Lunatic asylums in Bengal annual reports 1888-1898 - 1888-1898
Year: 1888
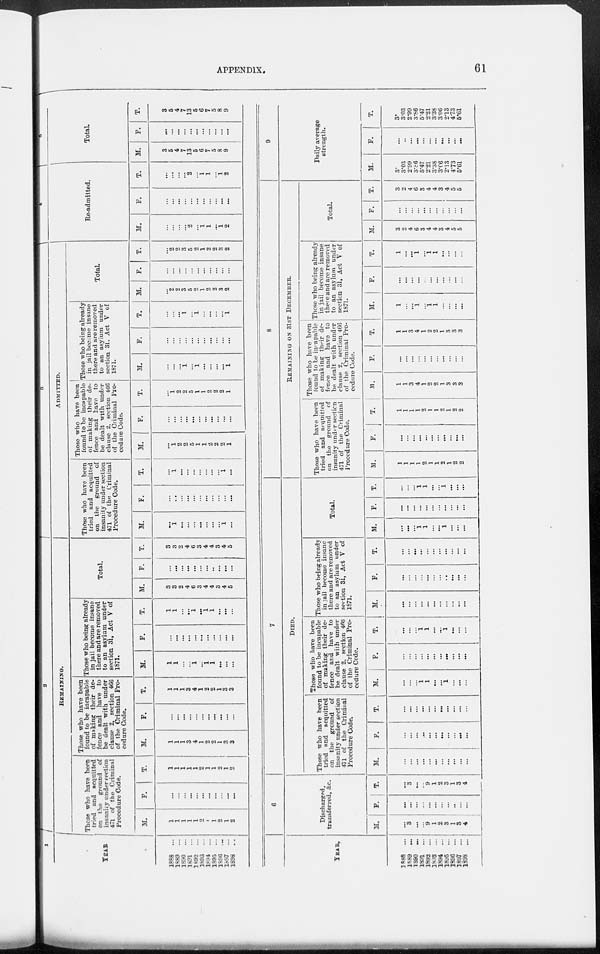
APPENDIX.
61
1
YEAR
1888
...
1889
...
1890
...
1891
...
1892 ...
1893
...
1894 ...
1895
...
1896
...
1897
...
1898
. .
2
REMAINING.
Those who have been
tried and acquitted
on the ground of
insanity undersection
471 of the Criminal
Procedure Code.
M.
1
1
1
1
1
2
1
1
2
1
2
F.
...
...
...
...
...
...
...
...
...
...
...
T.
1
1
1
1
1
2
1
1
2
1
2
Those who have been
found to be incapable
of making their de-
fence and have to
be dealt with under
clause 2, section 466
of the Criminal Pro-
cedure Code.
M.
1
1
1
3
4
1
2
2
1
3
3
F.
...
...
...
...
...
...
...
...
...
...
...
T.
1
1
1
3
4
1
2
2
1
3
3
Those who being already
in jail become insane
there and are removed
to an asylum under
section 31, Act V of
1871.
M.
1
1
...
...
1
...
1
1
...
...
...
F.
...
...
...
...
...
...
...
...
...
...
...
T.
1
1
...
...
1
...
1
1
...
...
...
Total.
M.
3
3
2
4
6
3
4
4
3
4
5
F.
...
...
...
...
...
...
...
...
...
...
...
T.
3
3
2
4
6
3
4
4
3
4
5
3
ADMITTED.
Those who have been
tried and acquitted
on the ground of
insanity under section
471 of the Criminal
Procedure Code.
M.
...
1
...
...
...
...
...
...
...
1
...
F.
...
...
...
...
...
...
...
...
...
...
...
T.
...
1
...
...
...
...
...
...
...
1
...
Those who have been
found to be incapable
of making their de-
fence and have to
be dealt with under
clause 2, section 466
of the Criminal Pro-
cedure Code.
M.
...
1
2
2
5
1
1
2
2
2
1
F.
...
...
...
...
...
...
...
...
...
...
...
T.
...
1
2
2
5
1
1
2
2
2
1
Those who being already
in jail became insane
there and are removed
to an asylum under
section 31. Act V of
1871.
M.
...
...
...
1
...
1
...
...
...
...
1
F.
...
...
...
...
...
...
...
...
...
...
...
T.
...
...
...
1
...
1
...
...
...
...
1
Total.
M.
...
2
2
3
5
2
1
2
2
3
2
F.
...
...
...
...
...
...
...
...
...
...
...
T.
...
2
2
3
5
2
1
2
2
3
2
4
Re-admitted.
M.
...
...
...
...
2
...
1
1
...
1
2
F.
...
...
...
...
...
...
...
...
...
...
...
T.
...
...
...
...
2
...
1
1
...
1
2
5
Total.
M.
3
5
4
7
13
5
6
7
5
8
9
F.
...
...
...
...
...
...
...
...
...
...
...
T.
3
5
4
7
13
5
6
7
5
8
9
YEAR.
1888
...
1889
...
1890
...
1891
...
1892
...
1893
...
1894
...
1895 ...
1896
...
1897
...
1898
...
6
Discharged,
transferred, &c.
M.
...
3
...
...
9
1
2
3
1
3
4
F.
...
...
...
...
...
...
...
...
...
...
...
T.
...
3
...
...
9
1
2
3
1
3
4
7
DIED.
Those who have been
tried and
acquitted
on the
ground
of
insanity under section
471 of the Criminal
Procedure Code.
M.
...
...
...
...
...
...
...
...
...
...
...
F.
...
...
...
...
...
...
...
...
...
...
...
T.
...
...
...
...
...
...
...
...
...
...
...
Those who have been
found to be incapable
of making their de-
fence and have to
be dealt with under
clause 2, section 466
of the Criminal Pro-
cedure Code.
M.
...
...
...
1
1
...
...
1
...
...
...
F.
...
...
...
...
...
...
...
...
...
...
...
T.
...
...
...
1
1
...
...
1
...
...
...
Those who being already
in jail become insane
there and are removed
to an asylum under
section 31, Act V of
1871.
M.
...
...
...
...
...
...
...
...
...
...
...
F.
...
...
...
...
...
...
...
...
...
...
...
T.
...
...
...
...
...
...
...
...
...
...
...
Total.
M.
...
...
...
1
1
...
...
1
...
...
...
F.
...
...
...
...
...
...
...
...
...
...
...
T.
...
...
...
1
1
...
...
1
...
...
...
8
REMAINING ON 31ST DECEMBER.
Those who have been
tried and acquitted
on the
ground
of
insanity under section
471 of the Criminal
Procedure Code.
M.
1
1
1
1
2
1
1
2
1
2
2
F.
...
...
...
...
...
...
...
...
...
...
...
T.
1
1
1
1
2
1
1
2
1
2
2
Those who have been
found to be incapable
of making their de-
fence and have to
be dealt with under
clause 2, section 466
of the Criminal Pro-
cedure Code.
M.
1
1
3
4
1
2
2
1
3
3
3
F.
...
...
...
...
...
...
...
...
...
...
...
T.
1
1
3
4
1
2
2
1
3
3
3
Those who being already
in jail become insane
there and are removed
to an asylum under
section 31, Act V of
1871.
M.
1
...
...
1
...
1
1
...
...
...
...
F.
...
...
...
...
...
...
...
...
...
...
...
T.
1
...
...
1
...
1
1
...
...
...
...
Total.
M.
3
2
4
6
3
4
4
3
4
5
5
F.
...
...
...
...
...
...
...
...
...
...
...
T.
3
2
4
6
3
4
4
3
4
5
5
9
Daily average
strength.
M.
3.
3.03
2.99
3.86
5.47
2.21
3.38
3.06
2.13
4.73
5.61
F.
...
...
...
...
...
...
...
...
...
...
...
T.
3.
3.03
2.99
3.86
5.47
2.21
3.38
3.06
2.13
4.73
5.61